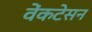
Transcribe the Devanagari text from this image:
वेंकटेसन